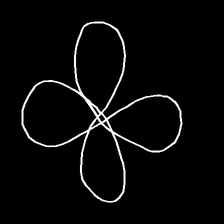
Glyph: billowing